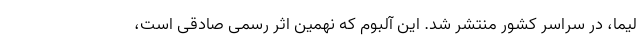
لیما، در سراسر کشور منتشر شد. این آلبوم که نهمین اثر رسمی صادقی است،